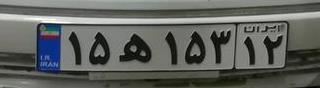
۱۵ه۱۵۳۱۲